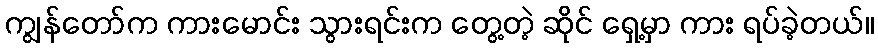
ကျွန်တော်က ကားမောင်း သွားရင်းက တွေ့တဲ့ ဆိုင် ရှေ့မှာ ကား ရပ်ခဲ့တယ်။